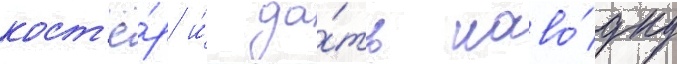
кост'ё́р и́ да́ть наво́дку